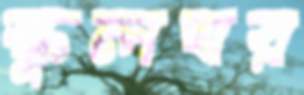
স্কুলঘর